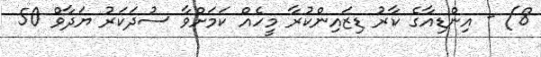
8) - އިންޑިއާގެ ކާރު ޑިޒައިންކުރާ މީހެއް ކަމަށްވާ ސުދަކަރު ޔަދާވް 50